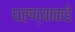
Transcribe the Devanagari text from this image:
धरण्याकडे